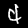
Digit: 4